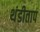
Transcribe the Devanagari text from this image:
थंडीताप